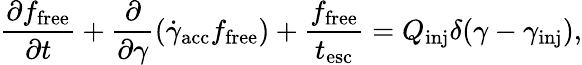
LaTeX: \frac{\partial f_{\mathrm{free}}}{\partial t}+\frac{\partial}{\partial\gamma}\left(\dot{\gamma}_{\mathrm{acc}}f_{\mathrm{free}}\right)+\frac{f_{\mathrm{free}}}{t_{\mathrm{esc}}}=Q_{\mathrm{inj}}\delta(\gamma-\gamma_{\mathrm{inj}}),